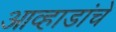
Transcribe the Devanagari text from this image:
आव्हाडांचे